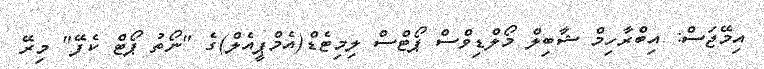
އިމޭޖަސް: އިބްރާހިމް ޝާބިލް މޯލްޑިވްސް ޕޯޓްސް ލިމިޓެޑް(އެމްޕީއެލް)ގެ "ނޯތު ޕޯޓް ކެފޭ" މިރޭ